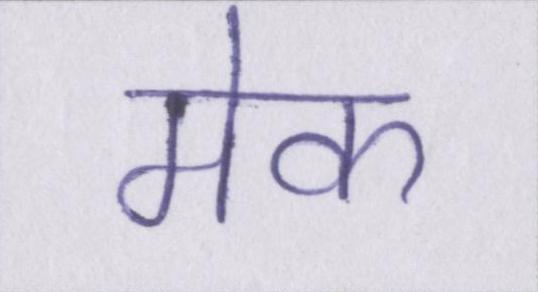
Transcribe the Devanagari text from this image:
मेक